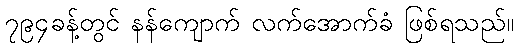
၇၉၄ခန့်တွင် နန်ကျောက် လက်အောက်ခံ ဖြစ်ရသည်။